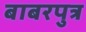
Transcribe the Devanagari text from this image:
बाबरपुत्र